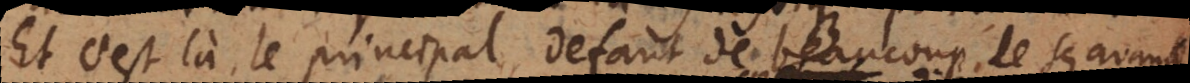
Et c’est là le principal defaut de beaucoup de sçavan